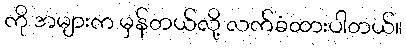
ကို အများက မှန်တယ်လို့ လက်ခံထားပါတယ်။